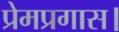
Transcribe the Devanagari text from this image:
प्रेमप्रगास।